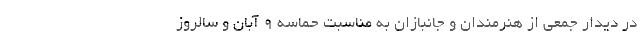
در دیدار جمعی از هنرمندان و جانبازان به مناسبت حماسه 9 آبان و سالروز